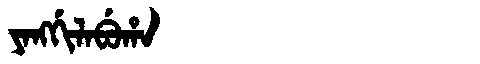
Manchu: ᠶᠠᠩᡤᡳᠯᠠᠪᡠᡥᠠ
Romanization: YANGGILABUHA